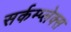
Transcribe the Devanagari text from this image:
सर्कम्प्लेक्स